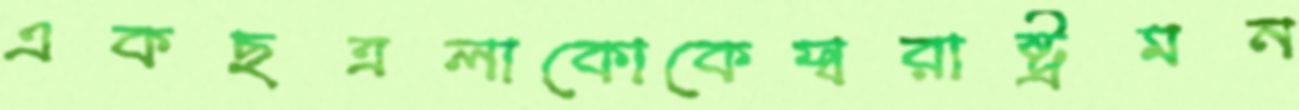
একছত্রলাকোকেস্বরাষ্ট্রমন